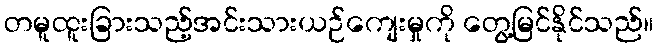
တမူထူးခြားသည့်အင်းသားယဉ်ကျေးမှုကို တွေ့မြင်နိုင်သည်။